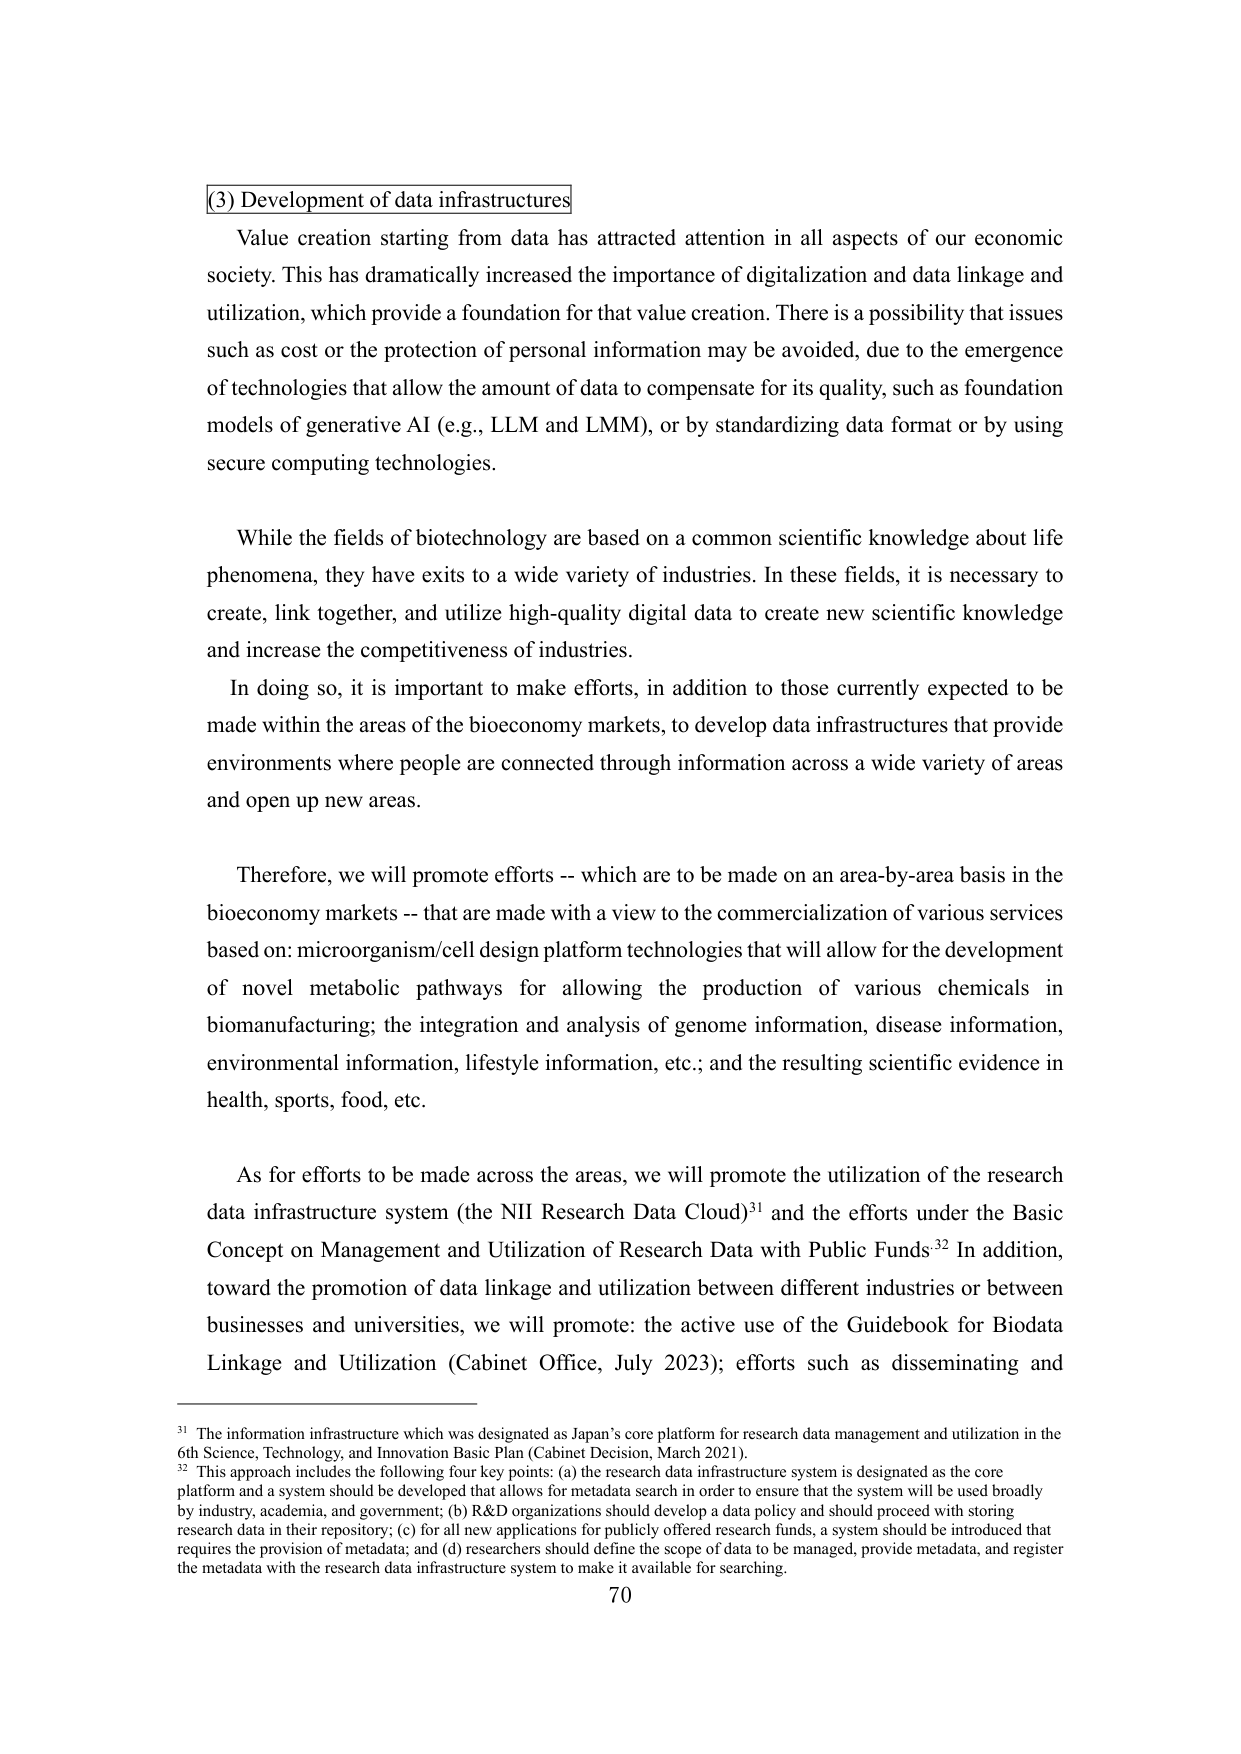
(3) Development of data infrastructures

Value creation starting from data has attracted attention in all aspects of our economic society. This has dramatically increased the importance of digitalization and data linkage and utilization, which provide a foundation for that value creation. There is a possibility that issues such as cost or the protection of personal information may be avoided, due to the emergence of technologies that allow the amount of data to compensate for its quality, such as foundation models of generative AI (e.g., LLM and LMM), or by standardizing data format or by using secure computing technologies.

While the fields of biotechnology are based on a common scientific knowledge about life phenomena, they have exits to a wide variety of industries. In these fields, it is necessary to create, link together, and utilize high-quality digital data to create new scientific knowledge and increase the competitiveness of industries.

In doing so, it is important to make efforts, in addition to those currently expected to be made within the areas of the bioeconomy markets, to develop data infrastructures that provide environments where people are connected through information across a wide variety of areas and open up new areas.

Therefore, we will promote efforts -- which are to be made on an area-by-area basis in the bioeconomy markets -- that are made with a view to the commercialization of various services based on: microorganism/cell design platform technologies that will allow for the development of novel metabolic pathways for allowing the production of various chemicals in biomanufacturing; the integration and analysis of genome information, disease information, environmental information, lifestyle information, etc.; and the resulting scientific evidence in health, sports, food, etc.

As for efforts to be made across the areas, we will promote the utilization of the research data infrastructure system (the NII Research Data Cloud)³¹ and the efforts under the Basic Concept on Management and Utilization of Research Data with Public Funds³². In addition, toward the promotion of data linkage and utilization between different industries or between businesses and universities, we will promote: the active use of the Guidebook for Biodata Linkage and Utilization (Cabinet Office, July 2023); efforts such as disseminating and

³¹ The information infrastructure which was designated as Japan’s core platform for research data management and utilization in the 6th Science, Technology, and Innovation Basic Plan (Cabinet Decision, March 2021).

³² This approach includes the following four key points: (a) the research data infrastructure system is designated as the core platform and a system should be developed that allows for metadata search in order to ensure that the system will be used broadly by industry, academia, and government; (b) R&D organizations should develop a data policy and should proceed with storing research data in their repository; (c) for all new applications for publicly offered research funds, a system should be introduced that requires the provision of metadata; and (d) researchers should define the scope of data to be managed, provide metadata, and register the metadata with the research data infrastructure system to make it available for searching.

70